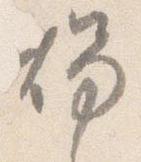
燭